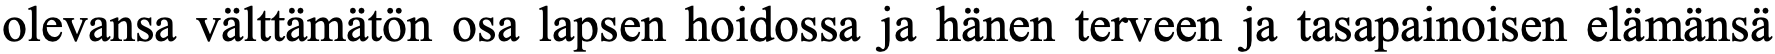
olevansa välttämätön osa lapsen hoidossa ja hänen terveen ja tasapainoisen elämänsä